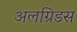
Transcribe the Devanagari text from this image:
अलग्रिडस